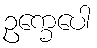
ဥက္ခေပေါ